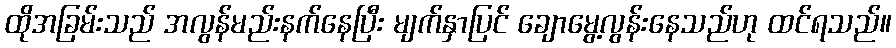
ထိုအခြမ်းသည် အလွန်မည်းနက်နေပြီး မျက်နှာပြင် ချောမွေ့လွန်းနေသည်ဟု ထင်ရသည်။